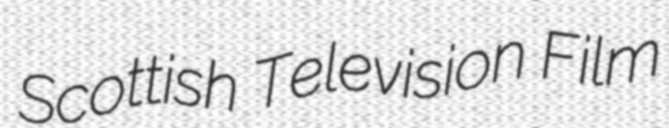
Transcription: Scottish Television Film